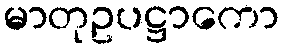
မာတုဥပဋ္ဌာကော